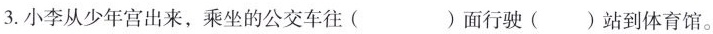
3.小李从少年宫出来，乘坐的公交车往（）面行驶（）站到体育馆。